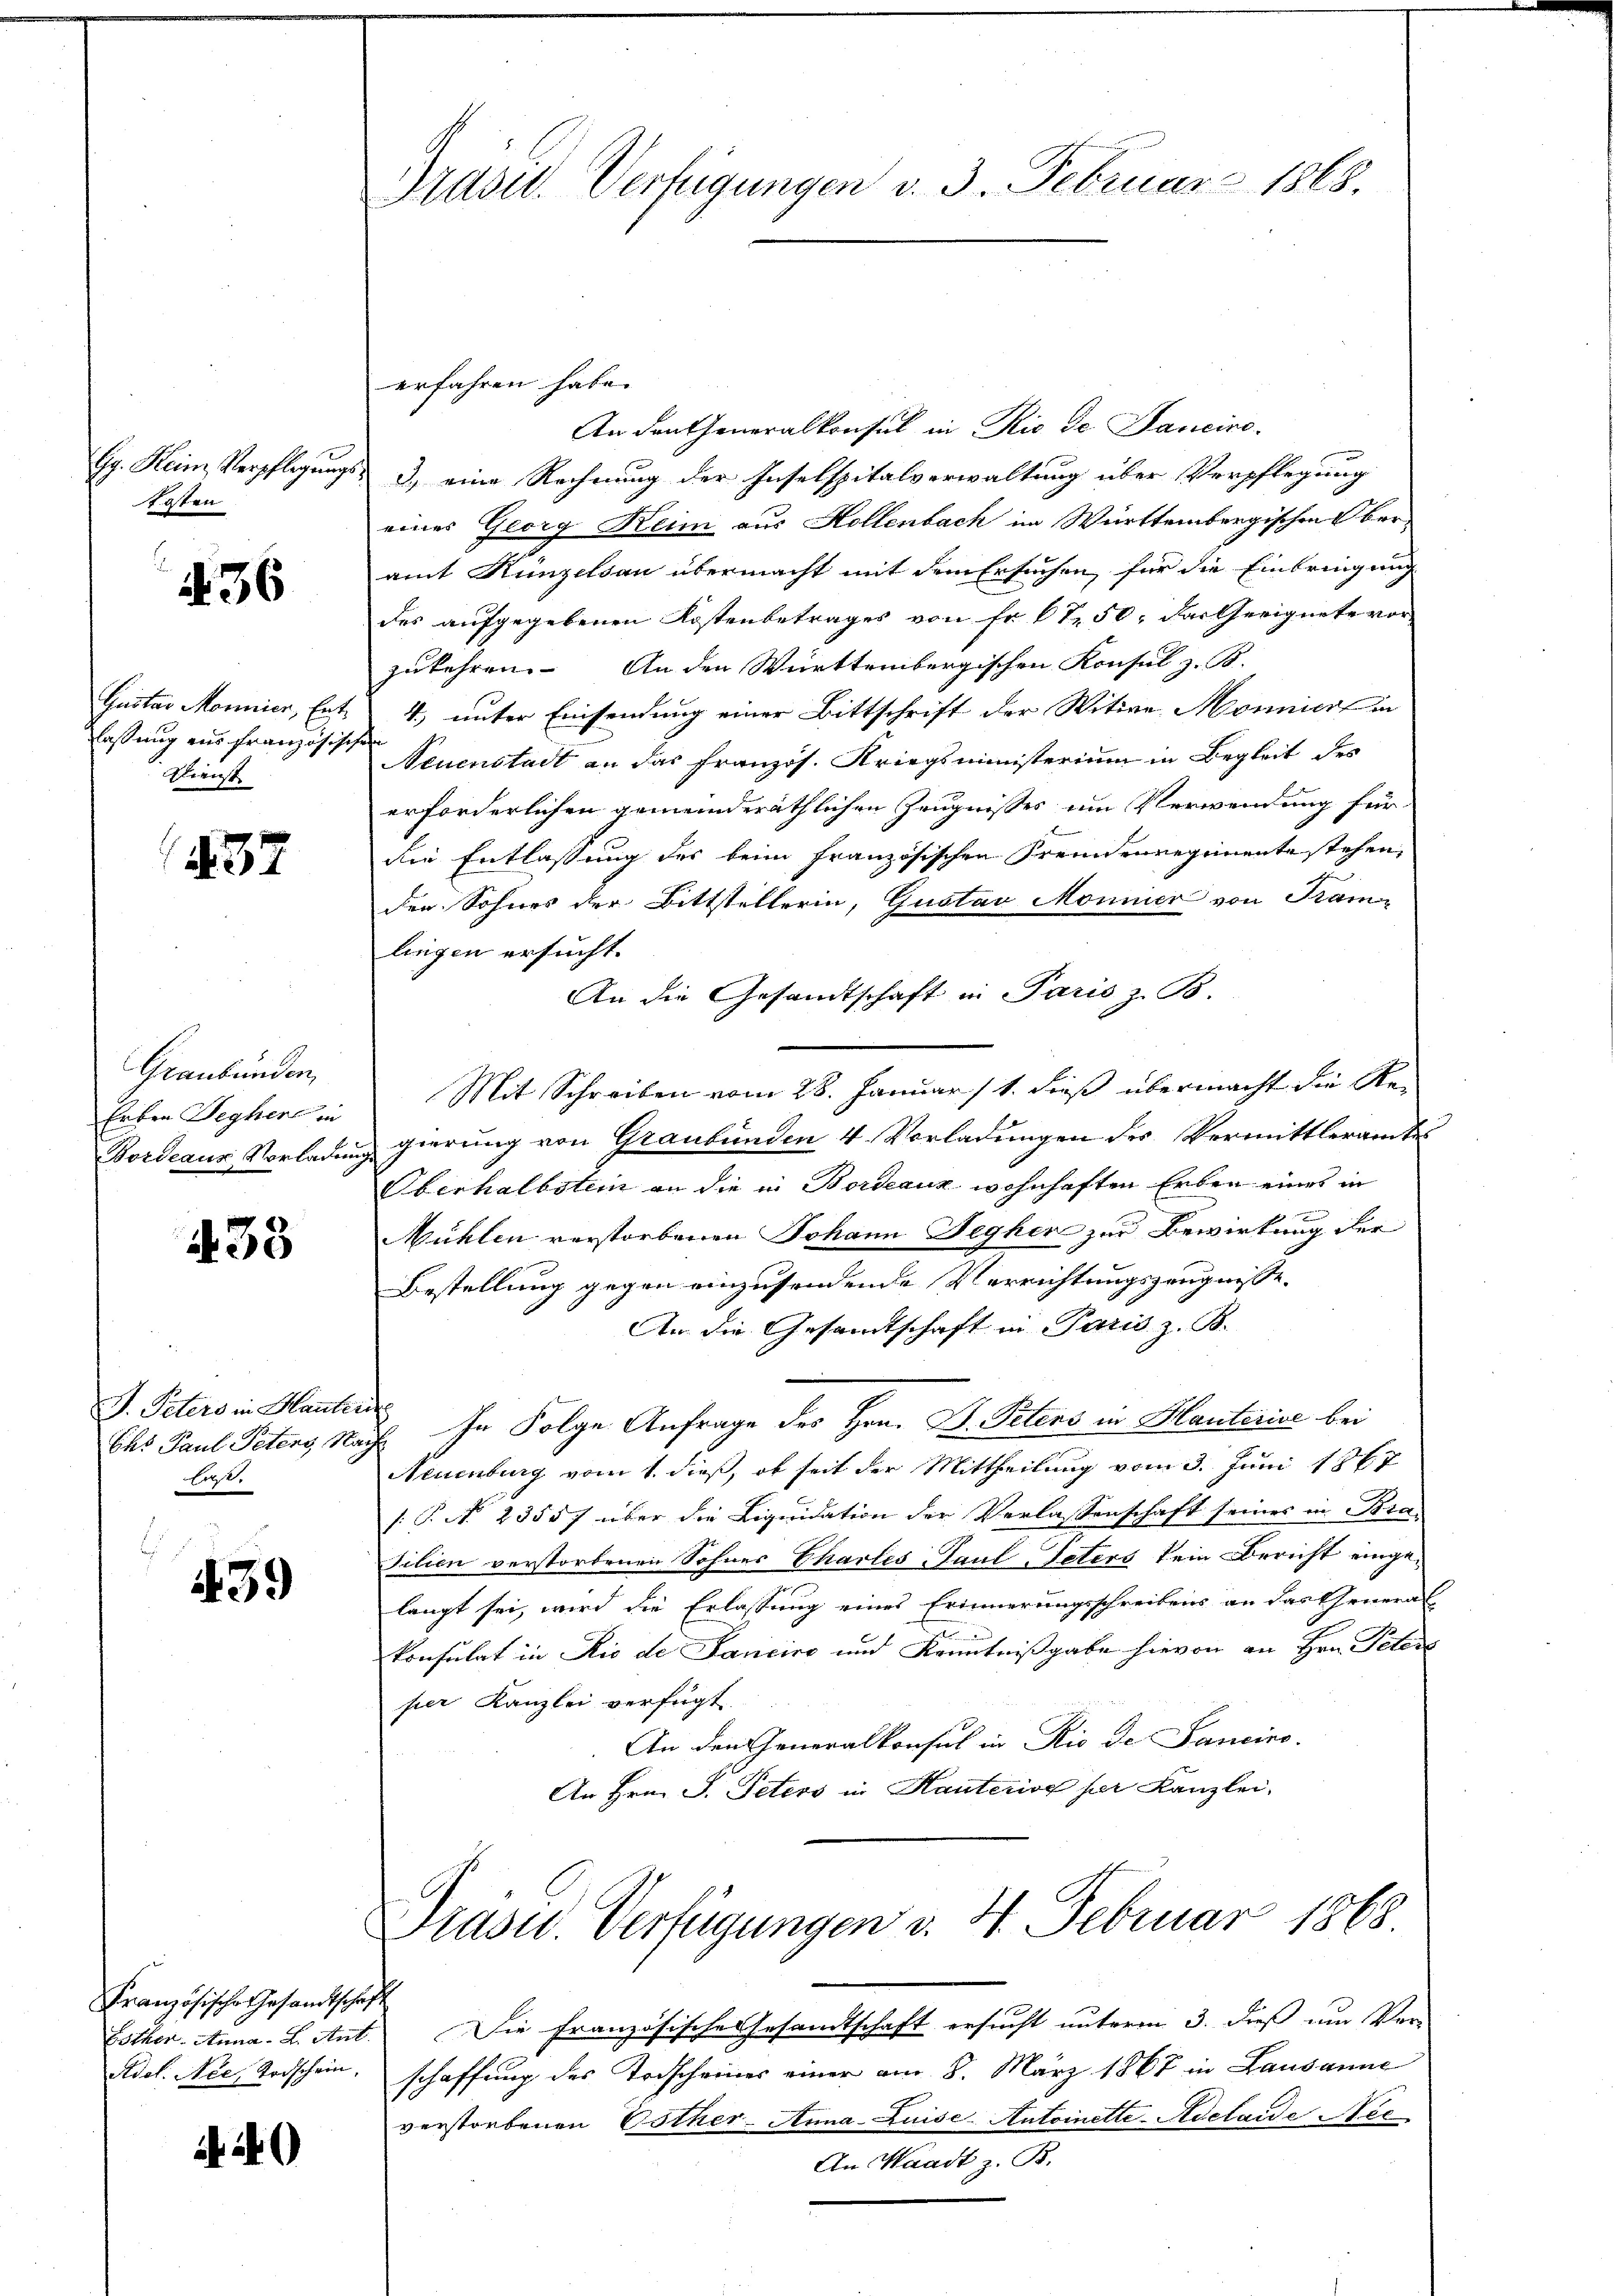
Kosten

436

Gustav Mönnier, Entlassung aus Französiche
Glienst

37

Graubünden,
Erben Seghere in
Bordeaus Vorladung

438

J. Peters in Hauter
las.

439

Französische Gesandtschaft
Esther Anna - 2. Ant.
Adet. Nee, Todschein.

440

Präsid. Verfügungen v. 3. Februar 1868.

erfahren habe.
An Deutheneralkonsul in Rio de Sanciro-
Gg. Heim Verpflegungs- 3) eine Rechnung der Inselspitalverwaltung über Verpflegung
eines Georg Keim aus Hollenbach im Württembergischen Oberamt Ringelsau übermacht mit dem Ersuchen, für die Einbringung
des aufgegebenen Kostenbetrages von Fr. 67. 50, das Geeignete vorzukehren. An den Württembergischen Konsul z. B.
4) unter Einsendung einer Bittschrift der Witwe Mönnier in
e
Neuenstadt an das französ. Kriegsministerium in Begleit des
erforderlichen gemeinderäthlichen Zeugnisses um Verwendung für
die Entlassung des beim Französischen Fremdenregimente stehen,
der Sohnes der Bittstellerin, Gustav Mönnier von Tram-
liegen ersucht.
An die Gesandtschaft in Paris z. B.
Mit Schreiben vom 28. Januar 11. dieß übermacht die Reg gierung von Graubünden 4. Vorladungen des Vermittleramtes
Oberhalbstein an die in Bordeaux wohnhaften Erben eines in
Mühlen verstorbenen Johann Fegher zur Bewirkung der
Bestellung gegen einzusendende Verrichtungszeugnisse.
An die Gesamtschaft in Paris z. B.
Cht Paul Peters Nacht. In Folge Anfrage des Hrn. D. Peters in Hauterise bei
Neuenburg vom 1. dieß, ob seit der Mittheilung vom 3. Juni 1867
[: P. No. 23557 über die Liquidation der Verlassenschaft seines in Bra
tilien verstorbenen Sohnes Chartes Paul Peters kein Bericht eingelangt sei, wird die Erlassung eines Erinnerungsschreibens an das General-
konsulat in Rio de Fancirt und Kenntnißgabe hievon an Hrn. Peter
per Kanzlei verfügt
An den Generalkonsul in Rio de Sancino.
An Hrn. F. Peters in Hauterive her Kanzlei,

Drasu. Verfügungen d. 4. Februar 1868.

Die Französische Gesandtschaft ersucht unterm 3. dieß um Ver-
schaffung des Todscheines einer am 8. März 1867 in Lausanne
verstorbenen Esther-Anna-Zuise- Antoinette-Adelaide Nic
An Waadt z. B.